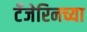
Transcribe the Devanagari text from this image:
टँजेरिनच्या